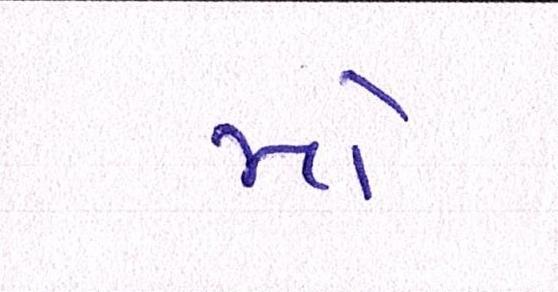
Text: મો